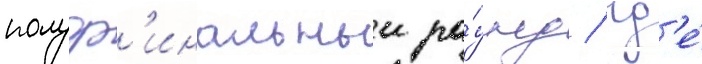
полуф'инальныи ра́унд / гд'е́